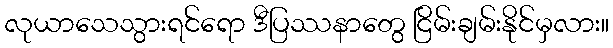
လုယာသေသွားရင်ရော ဒီပြဿနာတွေ ငြိမ်းချမ်းနိုင်မှလား။